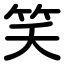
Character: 笑